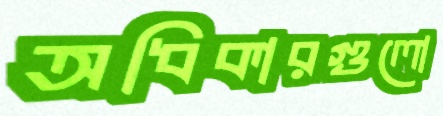
অধিকারগুলো